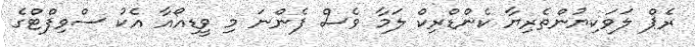
ރެޕް ލަވަކިޔުންތެރިޔާ ކެންޑްރިކް ލަމާ ވެސް ފެންނަ މި ވީޑިއޯއާ އެކު ސްވިފްޓްގެ